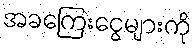
အခကြေးငွေများကို